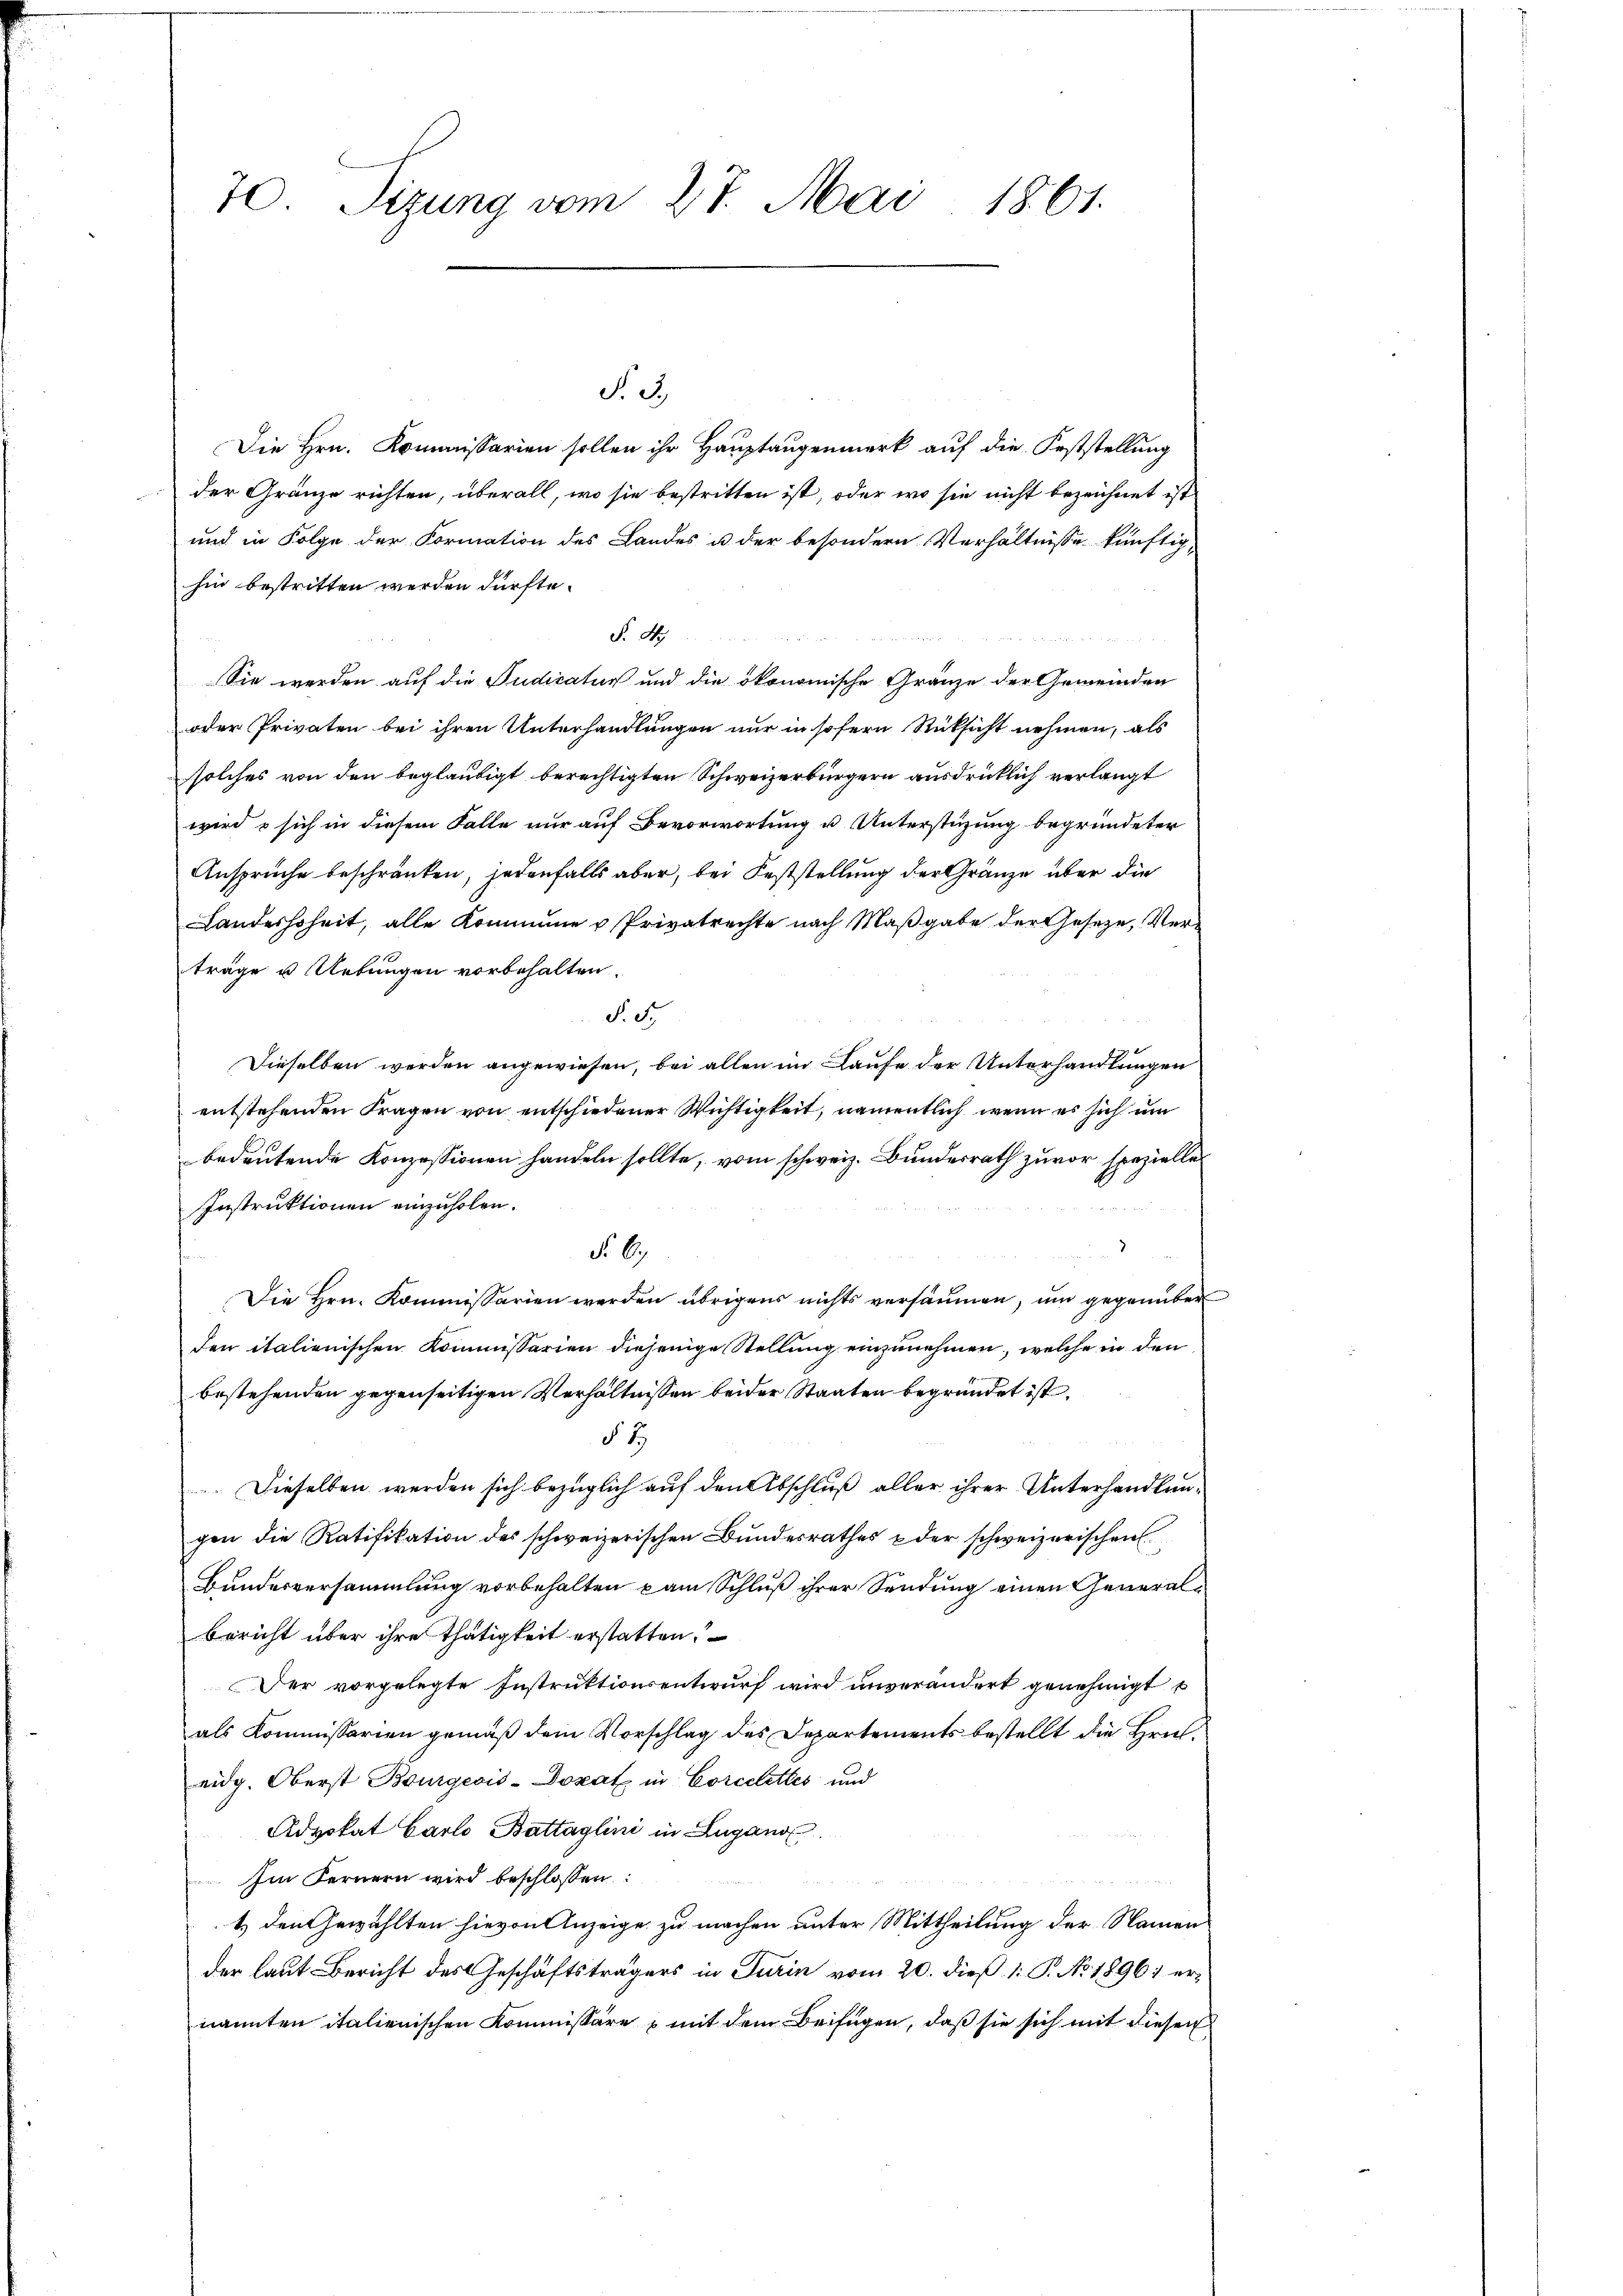
70. Sizung vom 27. Mai 1861.

N. 3.
Die Hrn. Kommissarien sollen ihr Hauptaugenmerk auf die Feststellung
der Gränze richten, überall, wo sie bestritten ist, oder wo sie nicht bezeichnet ist,
und in Folge der Formation des Landes u. der besondern Verhältnisse künftig,
hin bestritten werden dürfte.
N. N.
Sie werden auf die Sudicatur und die ökonomische Gränze der Gemeinden
oder Privaten bei ihren Unterhandlungen nur in sofern Rücksicht nehmen, als
solches von den beglaubigt berechtigten Schweizerbürgern ausdrücklich verlangt
wird u sich in diesem Falle nur auf Bevorwortung u Unterstüzung begründeter
Ansprüche beschränken, jedenfalls aber, bei Feststellung der Gränze über die
Landeshoheit, alle Kommune u Privatrechte nach Maßgabe der Gesetze, Verträge u. Uebungen vorbehalten.
F. St.
Dieselben werden angewiesen, bei allen im Laufe der Unterhandlungen
entstehenden Fragen von entschiedener Wichtigkeit, namentlich, wenn es sich um
bedeutende Konzessionen handeln sollte, vom schweiz. Bundesrath zuvor spezielles
Instruktionen einzuholen.
No. 6.
Die Hrn. Kommissarien werden übrigens nichts versäumen, um gegenüber
den italienischen Kommissarien diejenige Stellung einzunehmen, welche in den
bestehenden gegenseitigen Verhältnissen beider Staaten begründet ist.
§ 2
Dieselben werden sich bezüglich auf den Abschluß aller ihrer Unterhandlungen die Ratifikation des schweizerischen Bundesrathes der schweizerischen
Bundesversammlung vorbehalten kam Schluß ihrer Sendung einen Generalbericht über ihre thätigkeit erstatten.
Der vorgelegte Instruktionsentwurf wird unverändert genehmigt
als Kommissarien gemäß dem Vorschlag des Departements bestellt die Hrn.
eidg. Oberst Bourgeois-Dozat in Corcelettes und
Advokat Carlo Battaglini in Lugano
Im Fernern wird beschlossen:
n
1) den Gewählten hievon Anzeige zu machen unter Mittheilung der Namen
der laut Bericht des Geschäftsträgers in Turin vom 20. dieß 1: P. No. 1896) ernannten italienischen Kommissäre mit dem Beifügen, daß sie sich mit diesen